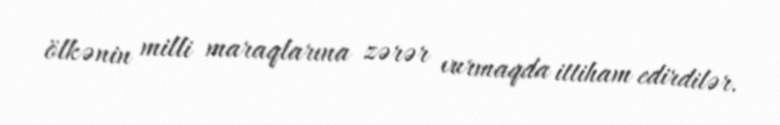
ölkənin milli maraqlarına zərər vurmaqda ittiham edirdilər.